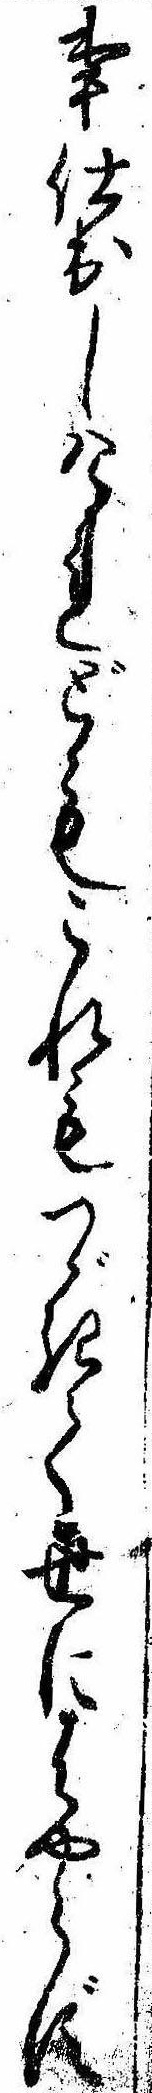
事仕出しけれどもこれもつゞきて世にはやらず